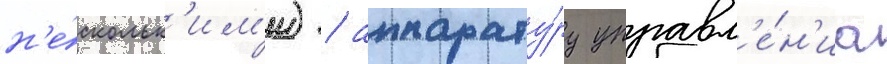
н'е́скольк'им'и) / аппарату́ру управл'е́н'иа